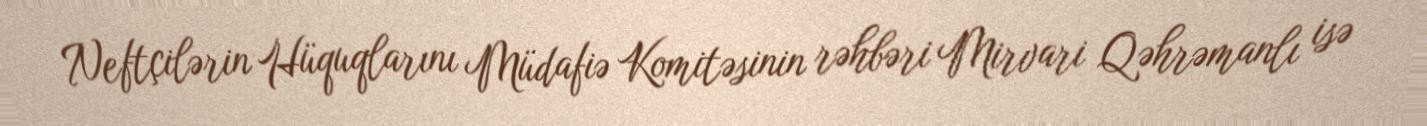
Neftçilərin Hüquqlarını Müdafiə Komitəsinin rəhbəri Mirvari Qəhrəmanlı isə